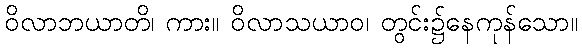
ဝိလာဘယာတိ၊ ကား။ ဝိလာသယာဝ၊ တွင်း၌နေကုန်သော။